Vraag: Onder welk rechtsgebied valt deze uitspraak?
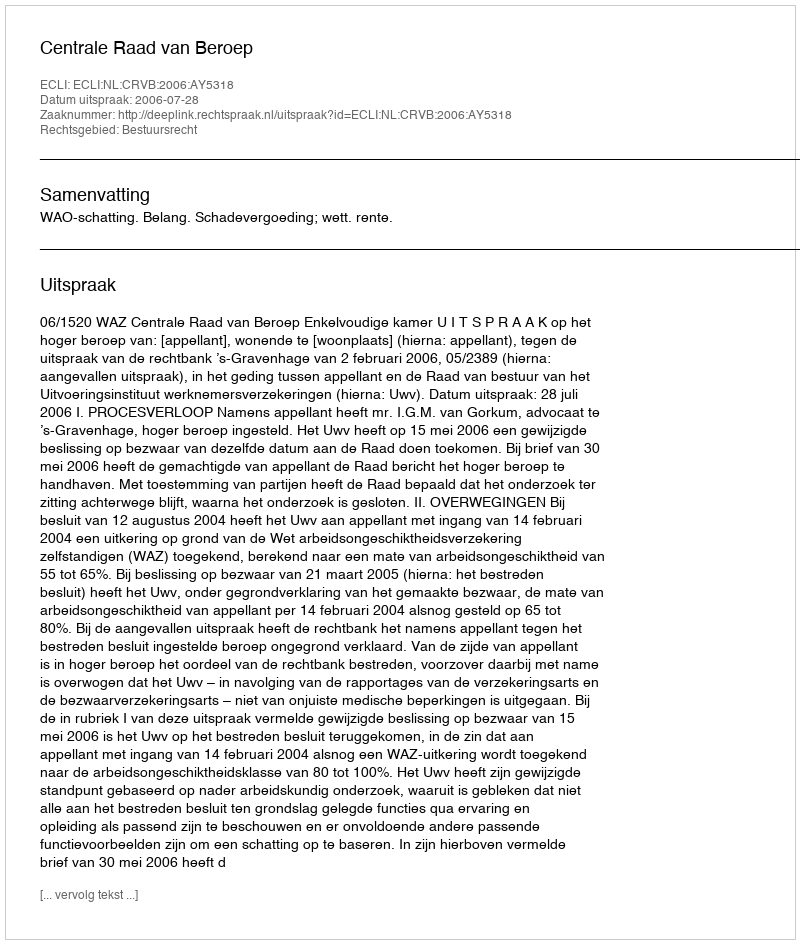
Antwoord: Bestuursrecht